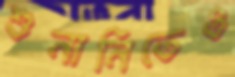
শুনানিতেও